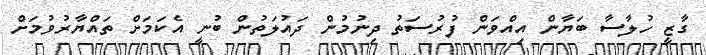
ގާޒީ ހުލާސާ ބަޔާން އިއްވަން ފުރުސަތު ދިނުމުން ދައުލަތުން ބުނީ އެކަމަށް ތައްޔާރުވުމަށް